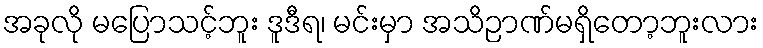
အခုလို မပြောသင့်ဘူး ဒူဒီရ၊ မင်းမှာ အသိဉာဏ်မရှိတော့ဘူးလား